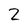
Character: 2